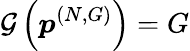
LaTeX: \mathcal{G}\left(\boldsymbol{p}^{(N,G)}\right)=G